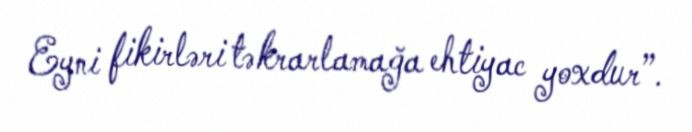
Eyni fikirləri təkrarlamağa ehtiyac yoxdur”.